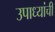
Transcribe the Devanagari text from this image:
उपाध्यांची